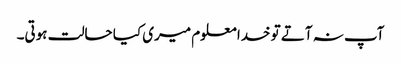
آپ نہ آتے تو خدا معلوم میری کیا حالت ہوتی۔